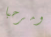
ومرحبا